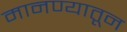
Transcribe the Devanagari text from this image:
मानण्यातून